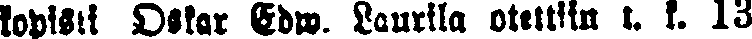
kopisti Oskar edw. Laurila otettiin t. k. 13